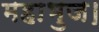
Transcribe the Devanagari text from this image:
महाभुज।